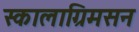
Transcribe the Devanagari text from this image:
स्कालाग्रिमसन